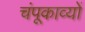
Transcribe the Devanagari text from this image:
चंपूकाव्यों